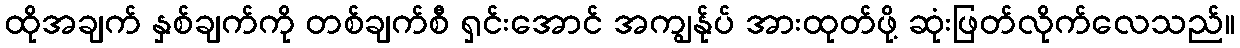
ထိုအချက် နှစ်ချက်ကို တစ်ချက်စီ ရှင်းအောင် အကျွန်ုပ် အားထုတ်ဖို့ ဆုံးဖြတ်လိုက်လေသည်။